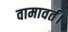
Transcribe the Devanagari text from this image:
वामावर्त।